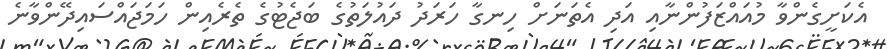
އެކަށީގެންވާ މުއައްޒަފުންނާއި އަދި އެތަނަށް ހިނގާ ހަރަދު ދައުލަތުގެ ބަޖެޓުގެ ތެރެއިން ހަމަޖައްސައިދޭންވާނެ